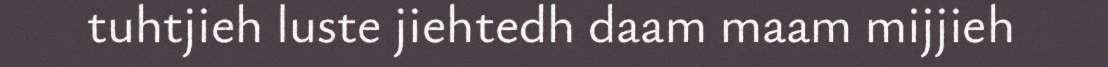
tuhtjieh luste jiehtedh daam maam mijjieh